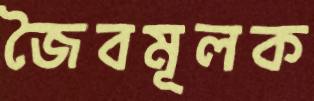
জৈবমূলক